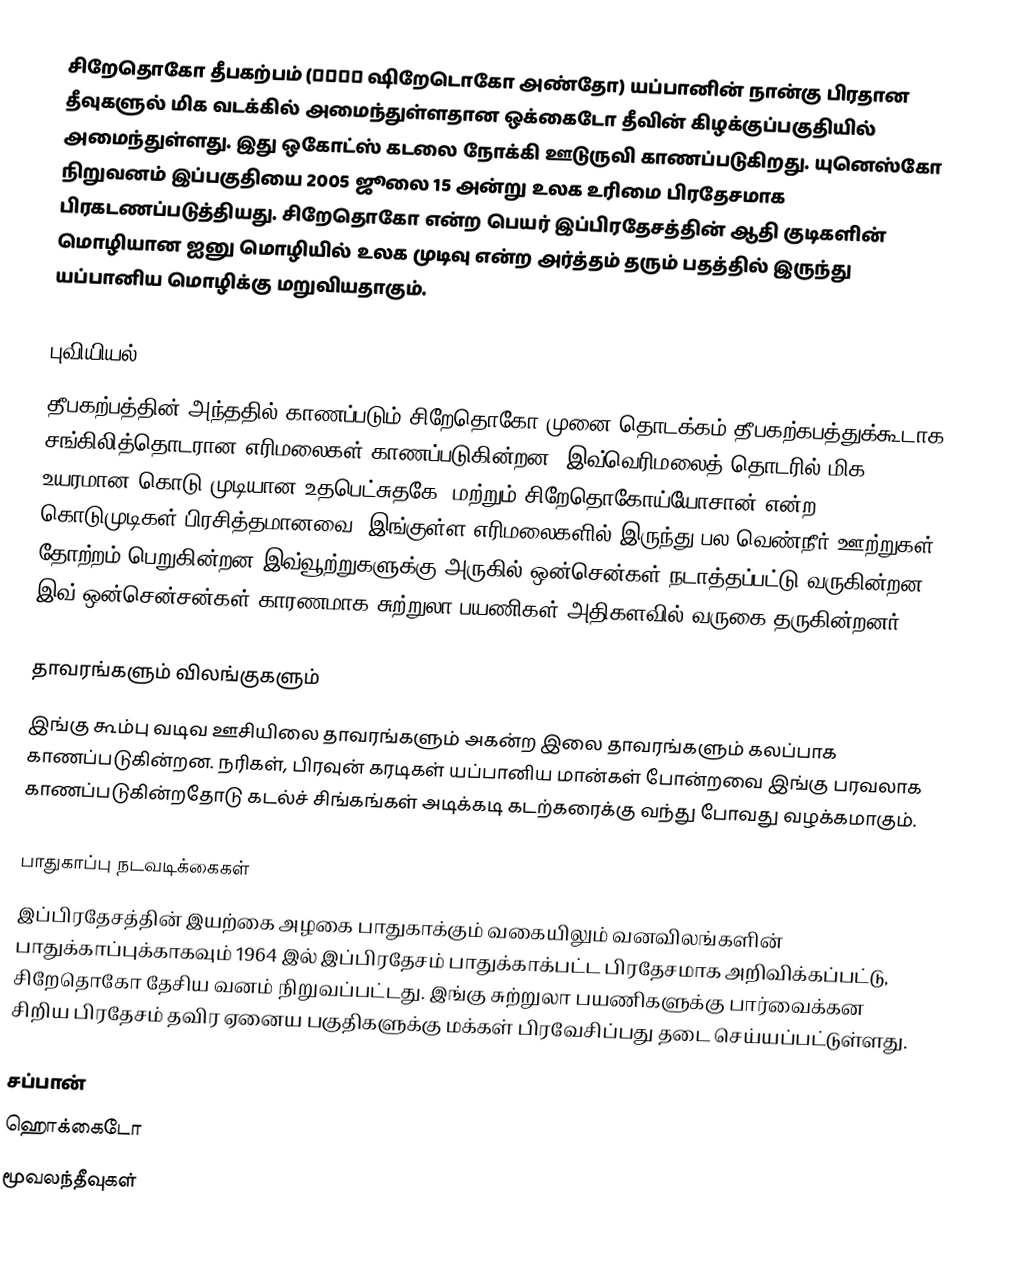
சிறேதொகோ தீபகற்பம் (知床半島 ஷிறேடொகோ அண்தோ) யப்பானின் நான்கு பிரதான தீவுகளுல் மிக வடக்கில் அமைந்துள்ளதான ஒக்கைடோ தீவின் கிழக்குப்பகுதியில் அமைந்துள்ளது. இது ஒகோட்ஸ் கடலை நோக்கி ஊடுருவி காணப்படுகிறது. யுனெஸ்கோ நிறுவனம் இப்பகுதியை 2005 ஜூலை 15 அன்று உலக உரிமை பிரதேசமாக பிரகடணப்படுத்தியது. சிறேதொகோ என்ற பெயர் இப்பிரதேசத்தின் ஆதி குடிகளின் மொழியான ஐனு மொழியில் உலக முடிவு என்ற அர்த்தம் தரும் பதத்தில் இருந்து யப்பானிய மொழிக்கு மறுவியதாகும்.

புவியியல்
தீபகற்பத்தின் அந்ததில் காணப்படும் சிறேதொகோ முனை தொடக்கம் தீபகற்கபத்துக்கூடாக சங்கிலித்தொடரான எரிமலைகள் காணப்படுகின்றன. இவ்வெரிமலைத் தொடரில் மிக உயரமான கொடு முடியான உதபெட்சுதகே, மற்றும் சிறேதொகோய்யோசான் என்ற கொடுமுடிகள் பிரசித்தமானவை. இங்குள்ள எரிமலைகளில் இருந்து பல வெண்நீர் ஊற்றுகள் தோற்றம் பெறுகின்றன இவ்வூற்றுகளுக்கு அருகில் ஒன்சென்கள் நடாத்தப்பட்டு வருகின்றன. இவ் ஒன்சென்சன்கள் காரணமாக சுற்றுலா பயணிகள் அதிகளவில் வருகை தருகின்றனர்.

தாவரங்களும் விலங்குகளும்
இங்கு கூம்பு வடிவ ஊசியிலை தாவரங்களும் அகன்ற இலை தாவரங்களும் கலப்பாக காணப்படுகின்றன. நரிகள், பிரவுன் கரடிகள் யப்பானிய மான்கள் போன்றவை இங்கு பரவலாக காணப்படுகின்றதோடு கடல்ச் சிங்கங்கள் அடிக்கடி கடற்கரைக்கு வந்து போவது வழக்கமாகும்.

பாதுகாப்பு நடவடிக்கைகள்
இப்பிரதேசத்தின் இயற்கை அழகை பாதுகாக்கும் வகையிலும் வனவிலங்களின் பாதுக்காப்புக்காகவும் 1964 இல் இப்பிரதேசம் பாதுக்காக்பட்ட பிரதேசமாக அறிவிக்கப்பட்டு, சிறேதொகோ தேசிய வனம் நிறுவப்பட்டது. இங்கு சுற்றுலா பயணிகளுக்கு பார்வைக்கன சிறிய பிரதேசம் தவிர ஏனைய பகுதிகளுக்கு மக்கள் பிரவேசிப்பது தடை செய்யப்பட்டுள்ளது.

சப்பான்
ஹொக்கைடோ
மூவலந்தீவுகள்